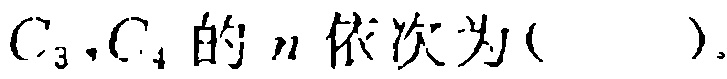
$C_{3},C_{4}$的$n$依次为( ).